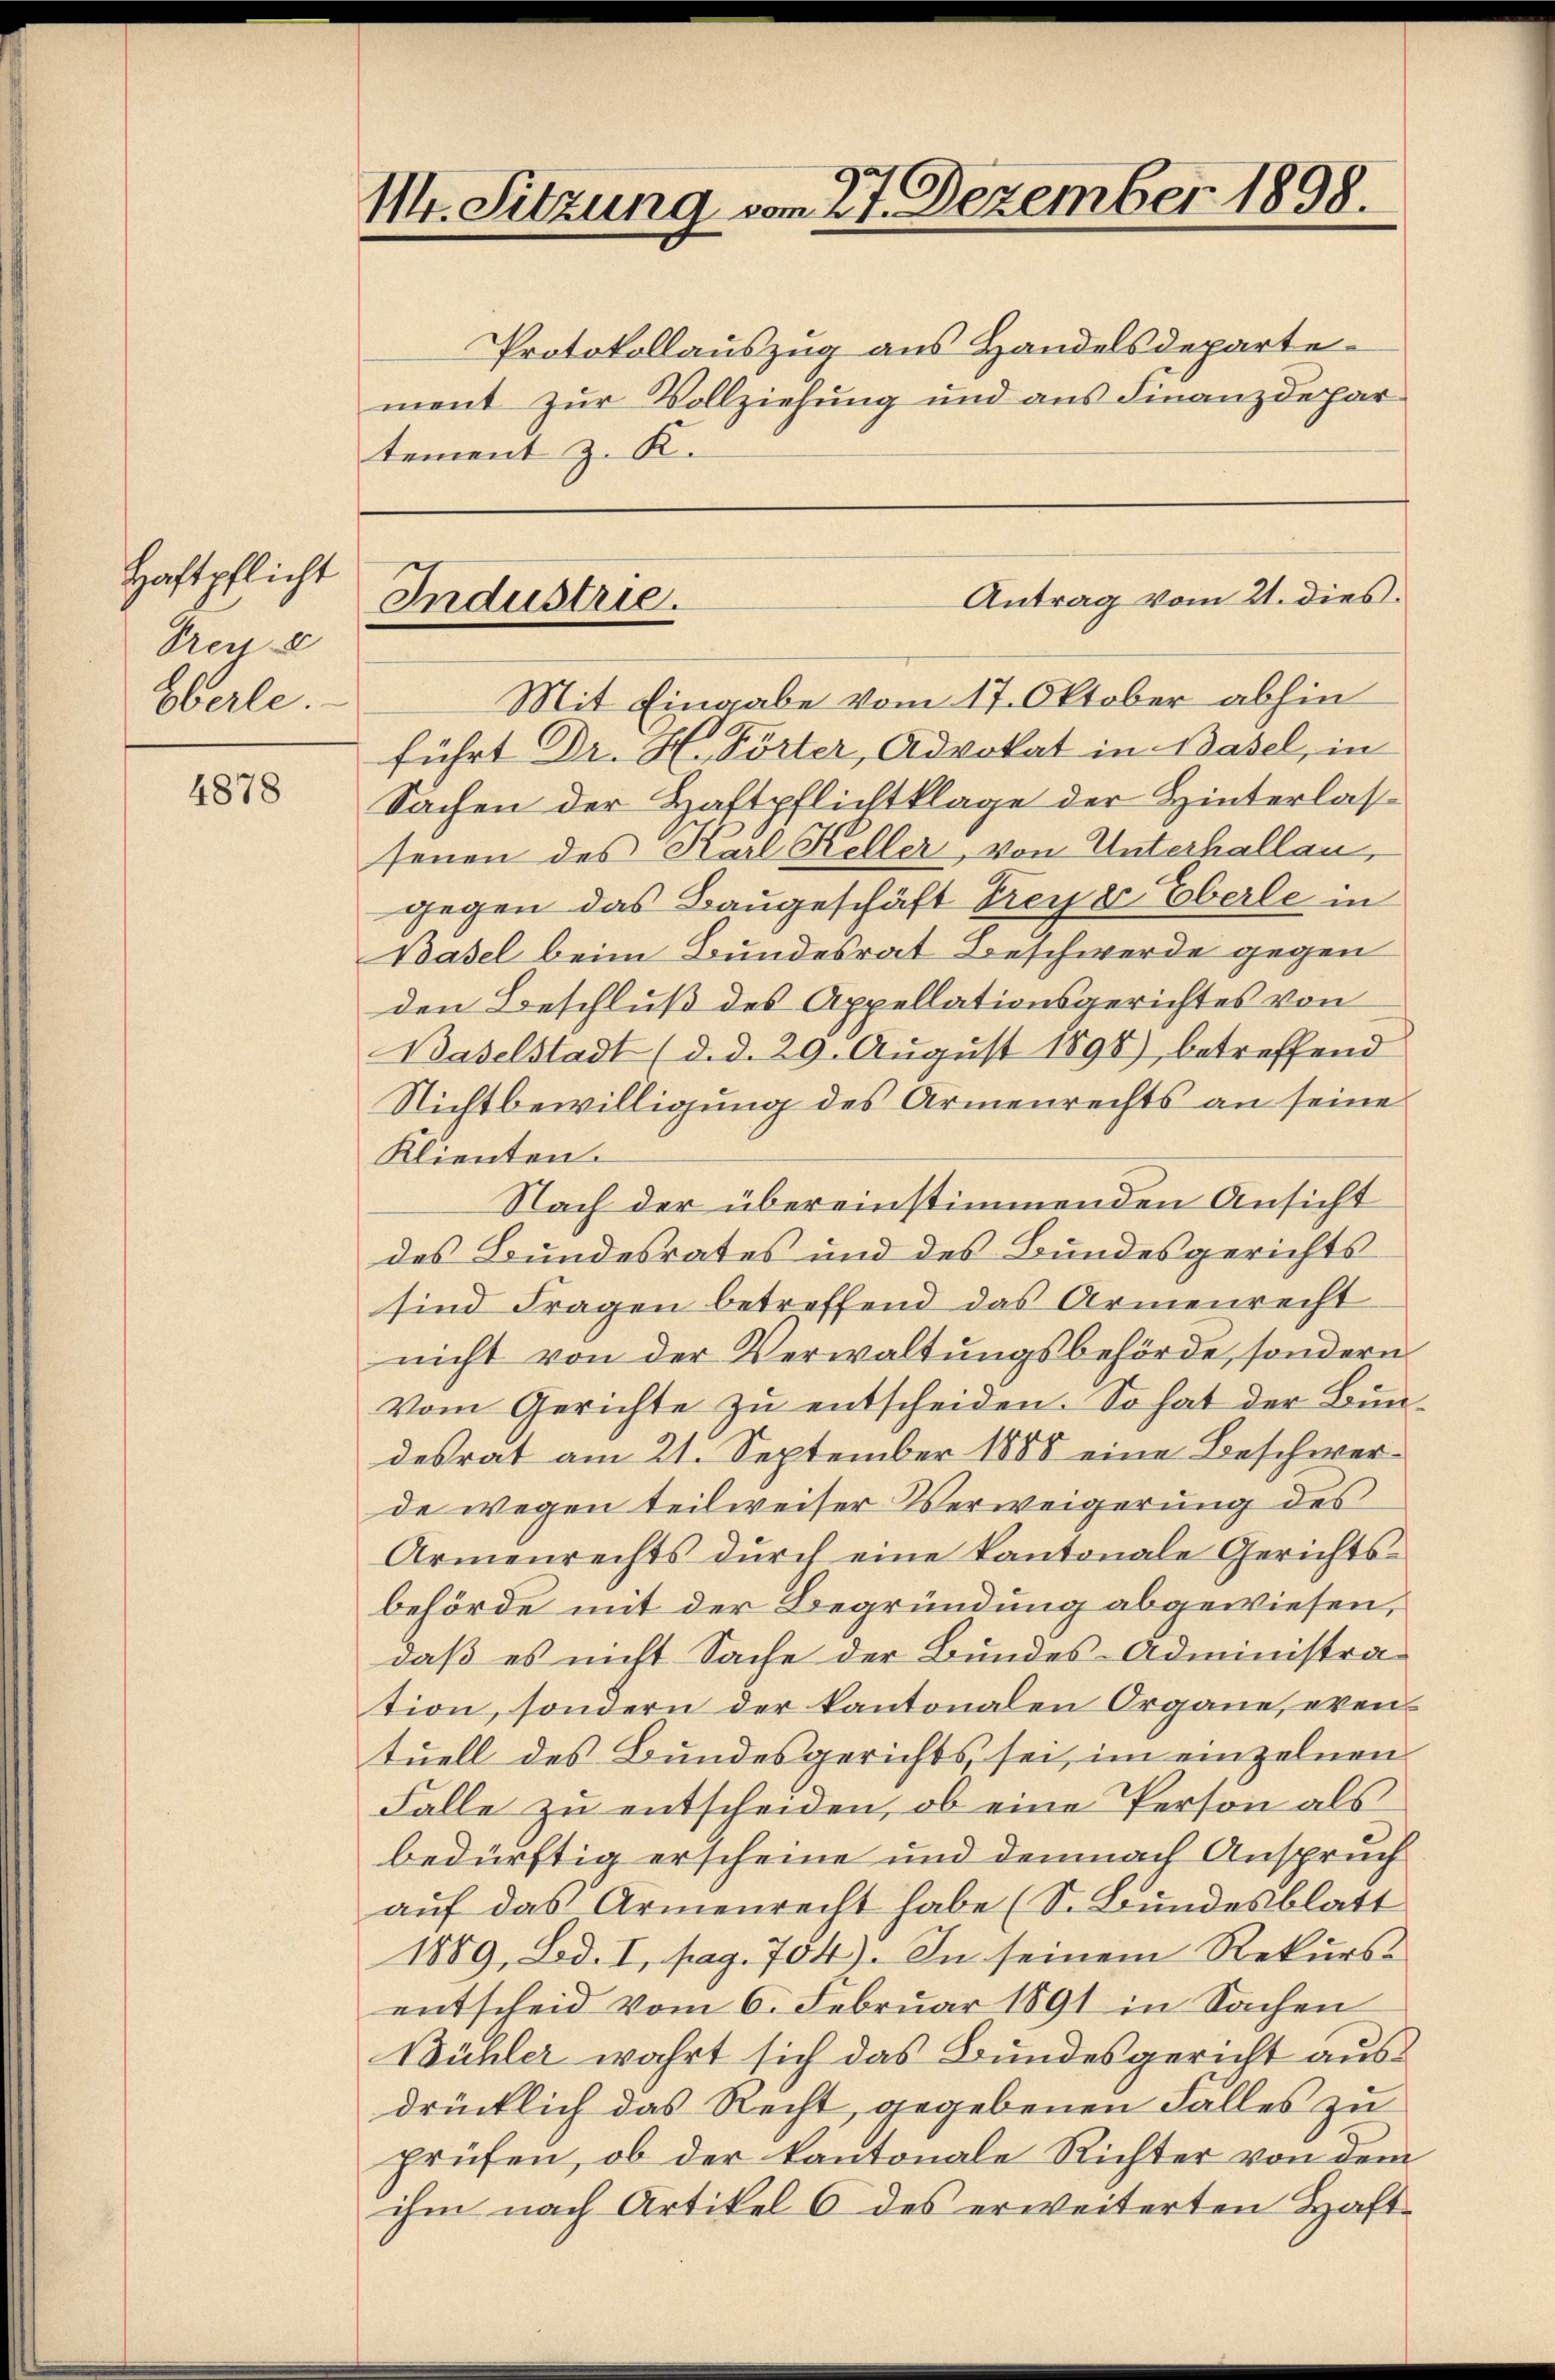
Haftpflicht
Preu
Eberle.

4878

M. Sitzung vom 27. Dezember 1898.

ment zur Vollziehung und aus Finanzdepar
tement z. K.

Antrag vom 21. dies
Industrie.

Protokollauszug aus Handelsdeparte
Mit Eingabe vom 17. Oktober abhin
führt Dr. H. Törter, Advokat in Basel, in
Sachen der Haftpflichtklage der Hinterlassenen des Karl Keller, von Unterhallau,
gegen das Baugeschäft Freye Eberle in
Basel beim Bundesrat Beschwerde gegen
den Beschluß des Appellationsgerichtes von
Baselstadt (d. d. 29. August 1891) betreffend
Nichtbewilligung des Armenrechts an seine
Klienten.
Nach der übereinstimmenden Ansicht
des Bundesrates und des Bundesgerichts
sind Fragen betreffend das Armenrecht
nicht von der Verwaltungsbehörde, sondern
Vom Gerichte zu entscheiden. So hat der Bundesrat am 21. September 1888 eine Beschwerde wegen teilweiser Verweigerung des
Armenrechts durch eine kantonale Gerichts-
behörde mit der Begründung abgewiesen,
daß es nicht Sache der Bundes-Administration, sondern der kantonalen Organe, eventuell des Bundesgerichts sei, im einzelnen
Falle zu entscheiden, ob eine Person als
bedürftig erscheine und demnach Anspruch
auf das Armenrecht habe (S. Bundesblatt
1889, Bd. I, pag. 704). In seinem Rekursentscheid vom 6. Februar 1891 in Sachen
Bühler wahrt sich das Bundesgericht aus
drücklich das Recht, gegebenen Falles zu
prüfen, ob der kantonale Richter von dem
ihm nach Artikel 6 des erweiterten Haft-